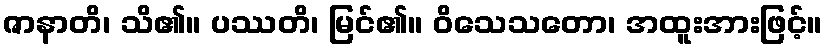
ဇာနာတိ၊ သိ၏။ ပဿတိ၊ မြင်၏။ ဝိသေသတော၊ အထူးအားဖြင့်။